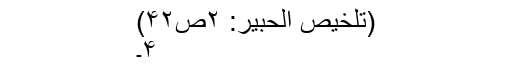
(تلخیص الحبیر: ۲ص۴۲)
۴۔